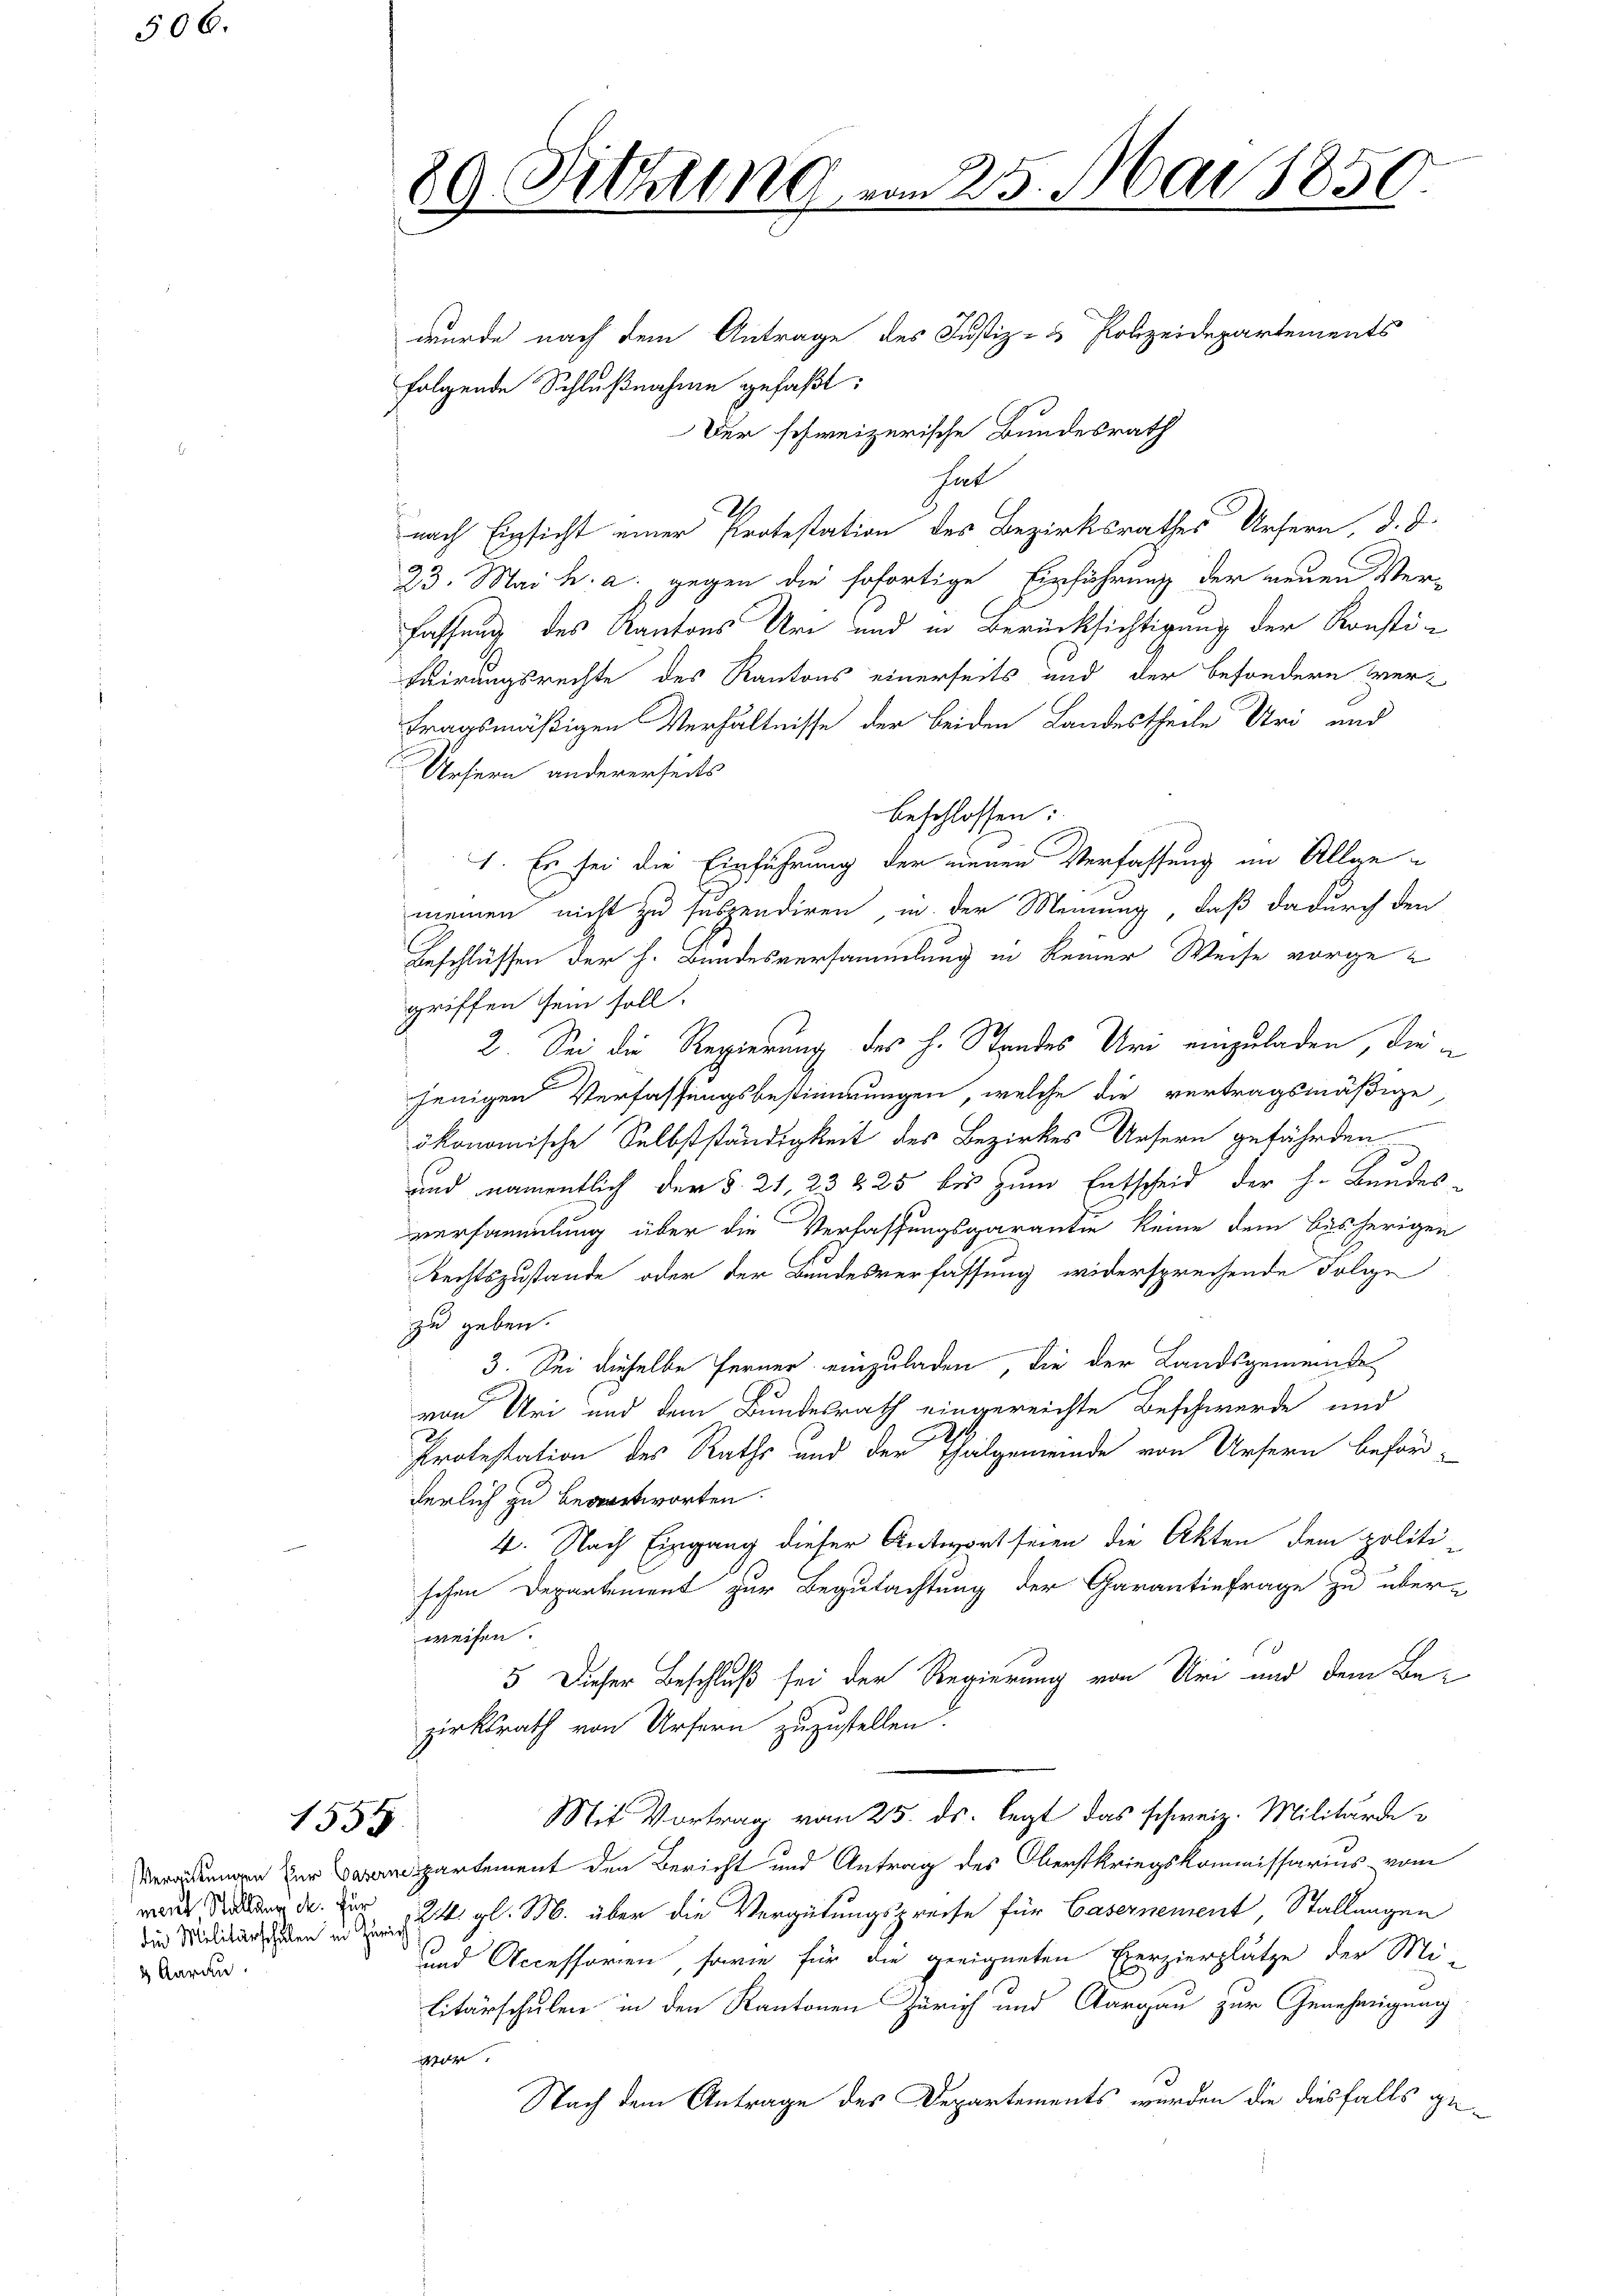
506.

ment, Stellung d. Für
 Aarau

29. Sitzung vom 25. Mai 1850.

wurde nach dem Antrage des Justiz- & Polizeidepartements
folgende Schlußnahme gefaßt:
Der schweizerische Bundesrath
hat
.
nach Einsicht einer Protestation des Bezirksrathes Ursern, d. d.
23. Mai h. a. gegen die sofortige Einführung der neuen Verfassung des Kantons Uri und in Berücksichtigung der Konsti-
Fuirungsrechte des Kantons einerseits und der besondern Vertragsmäßigen Verhältnisse der beiden Landestheile Uri und
Ursern andererseits
beschlossen:
1. Es sei die Einführung der einen Verfassung im Allgemeinen nicht zu suspendiren, in der Meinung, daß dadurch den
Beschlüssen der h. Bundesversammlung in keiner Weise vorgegriffen sein soll.
2. Sei die Regierung des h. Standes Uri einzuladen, die
jenigen Verfassungsbestimmungen, welche die vertragsmäßige
ökonomische Selbstständigkeit des Bezirkes Ursern gefährden
und namentlich der §. 21. 23 225 bis zum Entscheid der h. Bundes-
versammlung über die Verfassungsgarantin keine dem bisherigen
Rechtszustande oder der Bundesverfassung widersprechende Folge
zu geben.
3. Sei dieselbe ferner einzuladen, die der Landsgemeinde
von Uri und dem Bundesrath eingereichte Beschwerde und
d
Protestation des Raths und der Thalgemeinde von Ursern beförd-
derlich zu beantworten.
4. Nach Eingang dieser Antwort seien die Akten dem politi-
schen Departement zur Begutachtung der Garantinfrage zu über-
weisen.
5 Dieser Beschluß sei der Regierung von Uri und dem Be-
zirksrath von Ursern zuzustellen.
Mit Vortrag vom 25. ds. legt das schweiz. Militärde¬
1555
ungen partement den Bericht und Antrag des Oberstkriegskommissarius vom
die Miliaren u. gl. M. über die Vergütungspreise für Casernement, Stallungen
uund Accessorien, sowie für die geeigneten Exerzierplätze der Mi-
litärschulen in den Kantonen Zürich und Aargau zur Genehmigung
or
Nach dem Antrage des Departements wurden die diesfalls ge¬